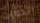
الجوازات